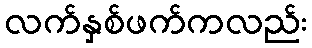
လက်နှစ်ဖက်ကလည်း